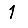
Digit: 1